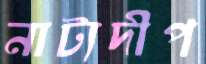
নাট্যদীপ